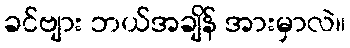
ခင်ဗျား ဘယ်အချိန် အားမှာလဲ။